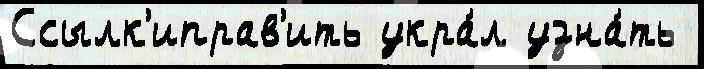
Ссылк'иправ'ить укра́л узна́ть